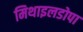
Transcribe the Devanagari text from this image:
मिथाइलडोपा